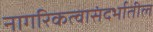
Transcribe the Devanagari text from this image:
नागरिकत्वासंदर्भातील